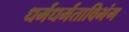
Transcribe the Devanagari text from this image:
धर्मधर्मताविभंग